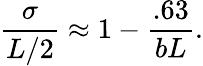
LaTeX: \frac{\sigma}{L/2}\approx 1-\frac{.63}{bL}.